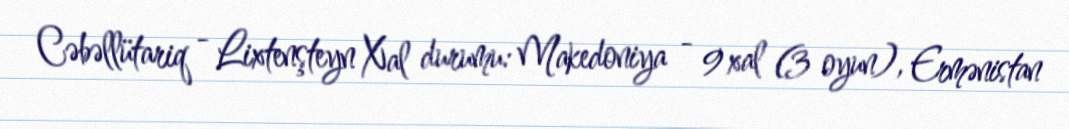
Cəbəllütariq - Lixtenşteyn Xal durumu: Makedoniya - 9 xal (3 oyun), Ermənistan